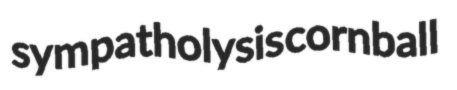
sympatholysis cornball